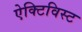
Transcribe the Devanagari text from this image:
ऐक्टिविस्ट